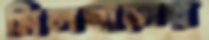
মিলপাড়ার